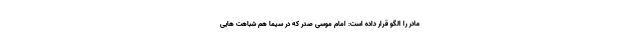
مادر را الگو قرار داده است: امام موسی صدر که در سیما هم شباهت هایی